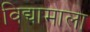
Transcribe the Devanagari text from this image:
विद्यामाला